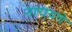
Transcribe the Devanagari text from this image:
नारायणे